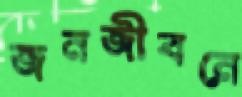
জনজীবনে